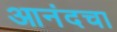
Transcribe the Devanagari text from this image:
आनंदचा